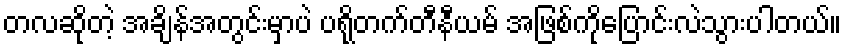
တလဆိုတဲ့ အချိန်အတွင်းမှာပဲ ပရိုတက်တီနီယမ် အဖြစ်ကိုပြောင်းလဲသွားပါတယ်။